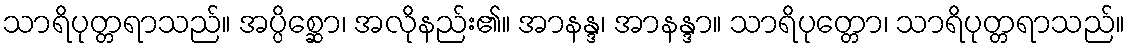
သာရိပုတ္တရာသည်။ အပ္ပိစ္ဆော၊ အလိုနည်း၏။ အာနန္ဒ၊ အာနန္ဒာ။ သာရိပုတ္တော၊ သာရိပုတ္တရာသည်။